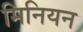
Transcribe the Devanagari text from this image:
मिनियन